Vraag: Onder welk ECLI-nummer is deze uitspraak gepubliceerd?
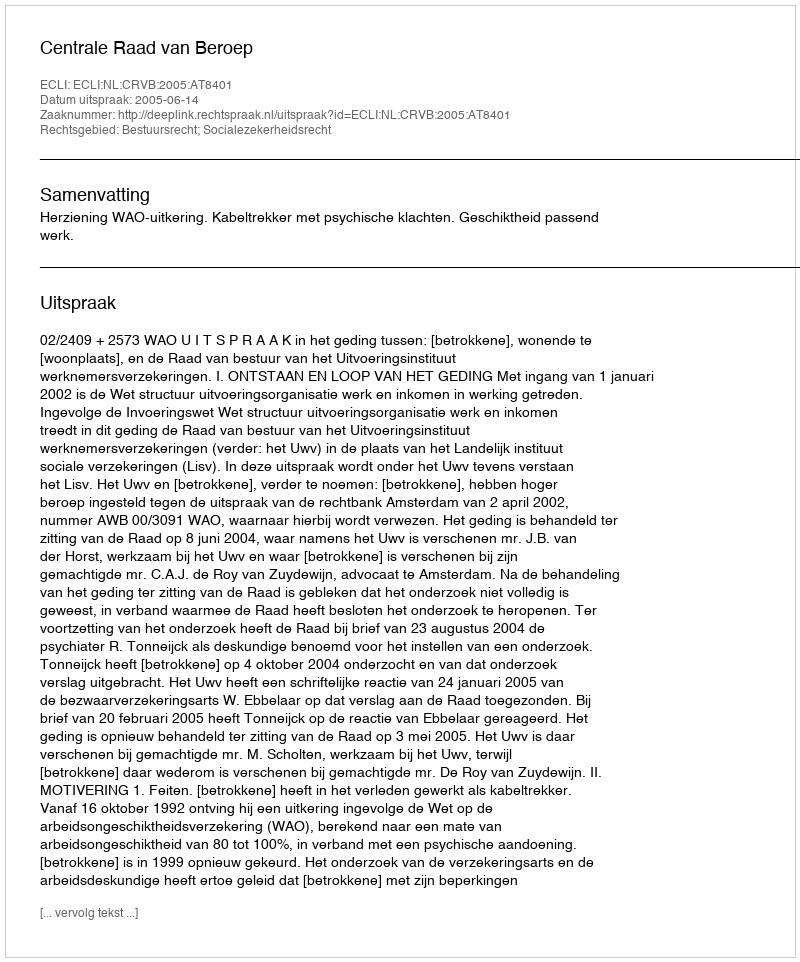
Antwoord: ECLI:NL:CRVB:2005:AT8401